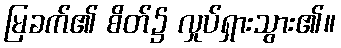
မြခက်၏ စိတ်၌ လှုပ်ရှားသွား၏။